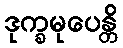
ဒုက္ခမုပေန္တိ